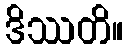
ဒိဿတိ။